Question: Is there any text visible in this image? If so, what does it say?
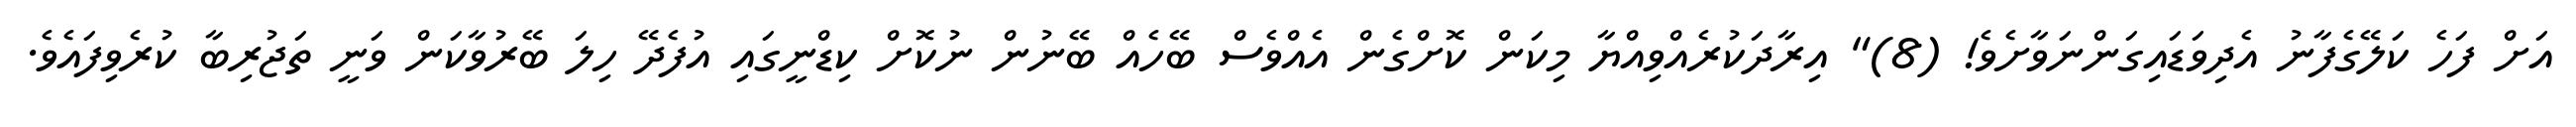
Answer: އަށް ފަހެ ކަލޭގެފާނު އެދިވަޑައިގަންނަވާށެވެ! (8)" އިރާދަކުރެއްވިއްޔާ މިކަން ކޮށްގެން އެއްވެސް ބޭހެއް ބޭނުން ނުކޮށް ކިޑްނީގައި އުފެދޭ ހިލަ ބޭރުވާކަން ވަނީ ތަޖުރިބާ ކުރެވިފައެވެ.